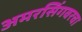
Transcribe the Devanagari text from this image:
अमरसिंगवरचा